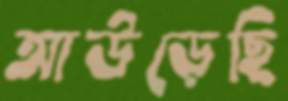
আউড়েছি